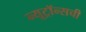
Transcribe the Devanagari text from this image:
न्यूट्रॉन्सची